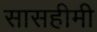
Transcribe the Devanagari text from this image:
सासहीमी